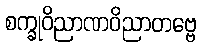
စက္ခုဝိညာဏဝိညာတဗ္ဗေ